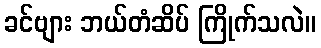
ခင်ဗျား ဘယ်တံဆိပ် ကြိုက်သလဲ။